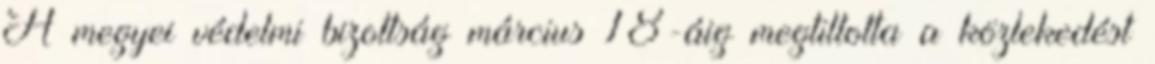
A megyei védelmi bizottság március 18-áig megtiltotta a közlekedést